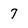
Character: 7